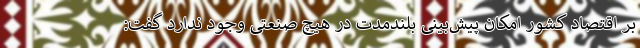
بر اقتصاد کشور امکان پیش‌بینی بلند‌مدت در هیچ صنعتی وجود ندارد گفت: